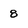
Character: 8